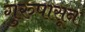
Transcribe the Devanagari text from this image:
गुरुपासून